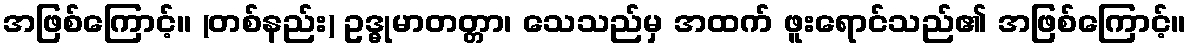
အဖြစ်ကြောင့်။ (တစ်နည်း) ဥဒ္ဓုမာတတ္တာ၊ သေသည်မှ အထက် ဖူးရောင်သည်၏ အဖြစ်ကြောင့်။